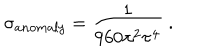
LaTeX: \sigma _ { a n o m a l y } = { \frac { 1 } { 9 6 0 \pi ^ { 2 } \tau ^ { 4 } } } \ .